Plague in India, 1896, 1897 - Volume 1
Year: 1896
Disease focus: Plague
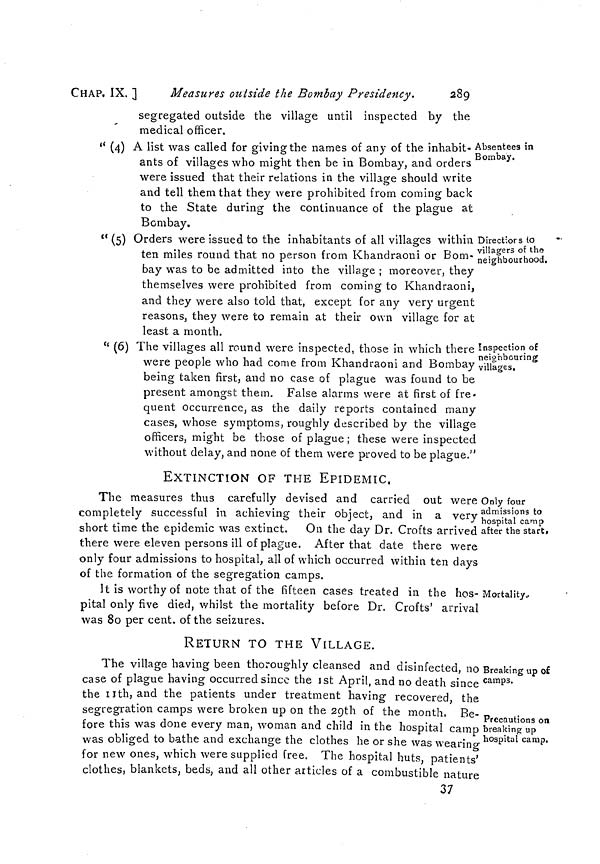
CHAP. IX. ]
Measures outside the Bombay Presidency.
289
segregated outside the village until inspected by the
medical officer.
Absentees in
Bombay.
" (4) A list was called for giving the names of any of the inhabit-
ants of villages who might then be in Bombay, and orders
were issued that their relations in the village should write
and tell them that they were prohibited from coming back
to the State during the continuance of the plague at
Bombay.
Directiors to
villagers of the
neighbourhood.
" (5) Orders were issued to the inhabitants of all villages within
ten miles round that no person from Khandraoni or Bom-
bay was to be admitted into the village ; moreover, they
themselves were prohibited from coming to Khandraoni,
and they were also told that, except for any very urgent
reasons, they were to remain at their own village for at
least a month.
Inspection of
neighbouring
villages.
" (6) The villages all round were inspected, those in which there
were people who had come from Khandraoni and Bombay
being taken first, and no case of plague was found to be
present amongst them. False alarms were at first of fre-
quent occurrence, as the daily reports contained many
cases, whose symptoms, roughly described by the village
officers, might be those of plague; these were inspected
without delay, and none of them were proved to be plague."
EXTINCTION OF THE EPIDEMIC.
Only four
admissions to
hospital camp
after the start.
The measures thus carefully devised and carried out were
completely successful in achieving their object, and in a very
short time the epidemic was extinct. On the day Dr. Crofts arrived
there were eleven persons ill of plague. After that date there were
only four admissions to hospital, all of which occurred within ten days
of the formation of the segregation camps.
Mortality.
It is worthy of note that of the fifteen cases treated in the hos-
pital only five died, whilst the mortality before Dr. Crofts' arrival
was 80 per cent. of the seizures.
RETURN TO THE VILLAGE.
Breaking up of
camps.
Precautions on
breaking up
hospital camp.
The village having been thoroughly cleansed and disinfected, no
case of plague having occurred since the 1st April, and no death since
the 11th, and the patients under treatment having recovered, the
segregration camps were broken up on the 29th of the month. Be-
fore this was done every man, woman and child in the hospital camp
was obliged to bathe and exchange the clothes he or she was wearing
for new ones, which were supplied free. The hospital huts, patients'
clothes, blankets, beds, and all other articles of a combustible nature
37